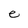
Character: e